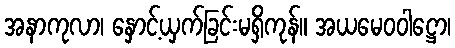
အနာကုလာ၊ နှောင့်ယှက်ခြင်းမရှိကုန်။ အယမေဝဝါဋ္ဌော၊